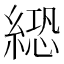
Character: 𦃵